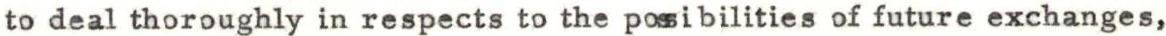
to deal thoroughly in respects to the posibilities of future exchanges,